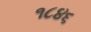
૧૮૪૬